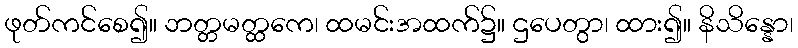
ဖုတ်ကင်စေ၍။ ဘတ္တမတ္ထကေ၊ ထမင်းအထက်၌။ ဌပေတွာ၊ ထား၍။ နိသိန္နော၊